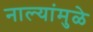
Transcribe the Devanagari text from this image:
नाल्यांमुळे